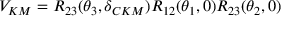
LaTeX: V _ { K M } = R _ { 2 3 } ( \theta _ { 3 } , \delta _ { C K M } ) R _ { 1 2 } ( \theta _ { 1 } , 0 ) R _ { 2 3 } ( \theta _ { 2 } , 0 )